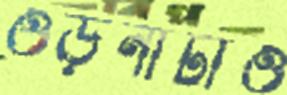
ওড়নাটাও